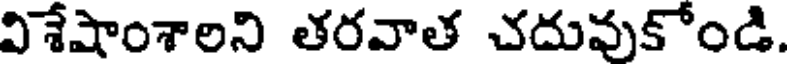
విశేషాంశాలని తరవాత చదువుకోండి.